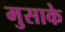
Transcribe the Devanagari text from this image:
मुसाके